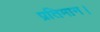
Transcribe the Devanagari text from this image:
प्रतिमान।